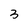
Character: 3